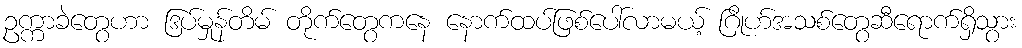
ဥက္ကာခဲတွေဟာ ဒြပ်မှုန်တိမ် တိုက်တွေကနေ နောက်ထပ်ဖြစ်ပေါ်လာမယ့် ဂြိုဟ်အသစ်တွေဆီရောက်ရှိသွား